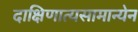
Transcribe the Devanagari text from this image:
दाक्षिणात्यसामान्येन